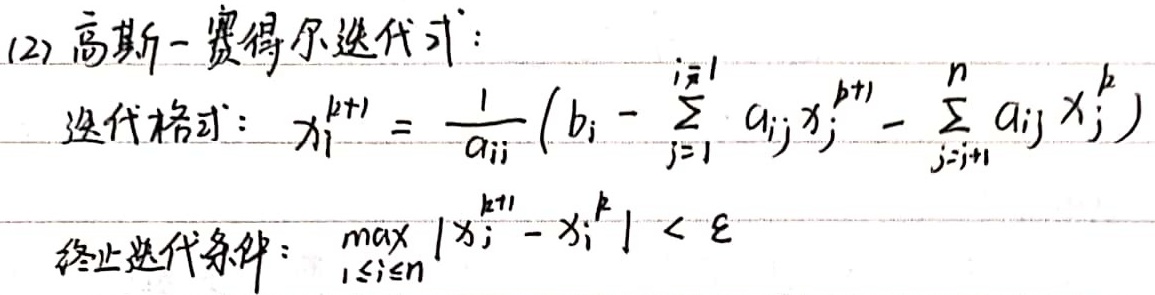
高斯 - 赛得尔迭代式：
迭代格式：
\[
x_{i}^{k + 1} = \frac{1}{a_{ii}} \left( b_{i} - \sum_{j = 1}^{i - 1} a_{ij} x_{j}^{k + 1} - \sum_{j = i + 1}^{n} a_{ij} x_{j}^{k} \right)
\]
终止迭代条件：
\[
\max_{1 \leq i \leq n} \left| x_{i}^{k + 1} - x_{i}^{k} \right| < \varepsilon
\]